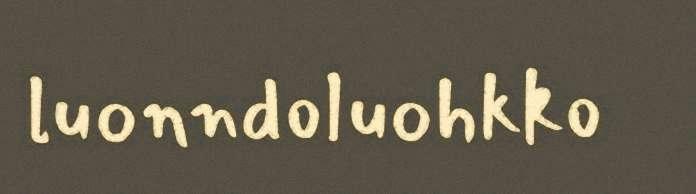
luonndoluohkko